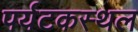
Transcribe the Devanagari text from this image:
पर्यटकस्थल